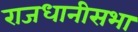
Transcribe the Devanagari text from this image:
राजधानीसभा